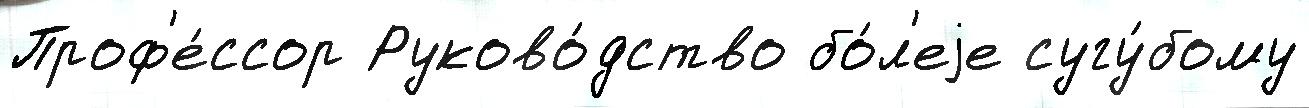
Проф'е́ссор Руково́дство бо́л'еjе сугу́бому